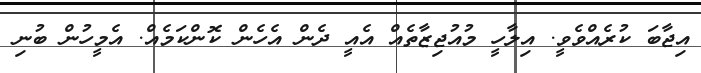
އިޖާބަ ކުރެއްވެވީ. އިލާހީ މުއުޖިޒާތެއް އެއީ ދެން އެހެން ކޮންކަމެއް. އެމީހުން ބުނި